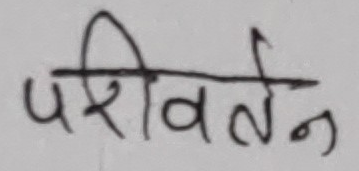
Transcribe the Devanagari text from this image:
परिवर्तन